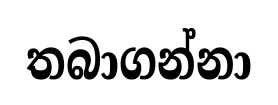
තබාගන්නා